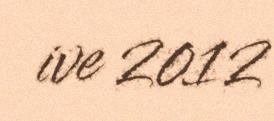
ive 2012